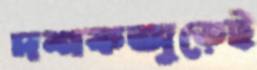
দশকজুড়েই